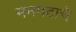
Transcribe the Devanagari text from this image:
मनगटाचे